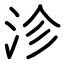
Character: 沴